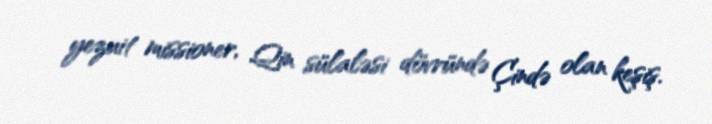
yezuit missioner, Qin sülaləsi dövründə Çində olan keşiş.